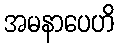
အမနာပေဟိ